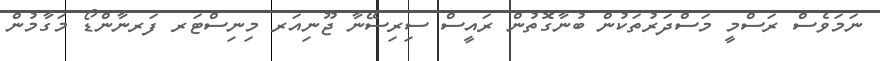
ނަމަވެސް ރަސްމީ މަސްދަރުތަކުން ބުނާގޮތުން ރައީސް ސިރިސޭނާ ޖޫނިއަރ މިނިސްޓަރ ފަރނާންޑޯ މަގާމުން